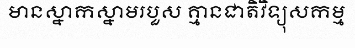
មានស្នាកស្នាមរបួស គ្មានជាតិវិទ្យុសកម្ម